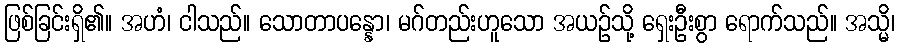
ဖြစ်ခြင်းရှိ၏။ အဟံ၊ ငါသည်။ သောတာပန္နော၊ မဂ်တည်းဟူသော အယဉ်သို့ ရှေးဦးစွာ ရောက်သည်။ အသ္မိ၊